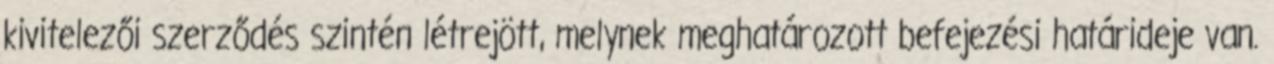
kivitelezői szerződés szintén létrejött, melynek meghatározott befejezési határideje van.